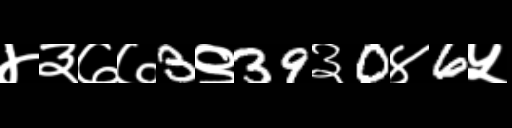
Text: ४३७७3९39३0४6५